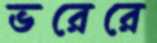
ভরেরে